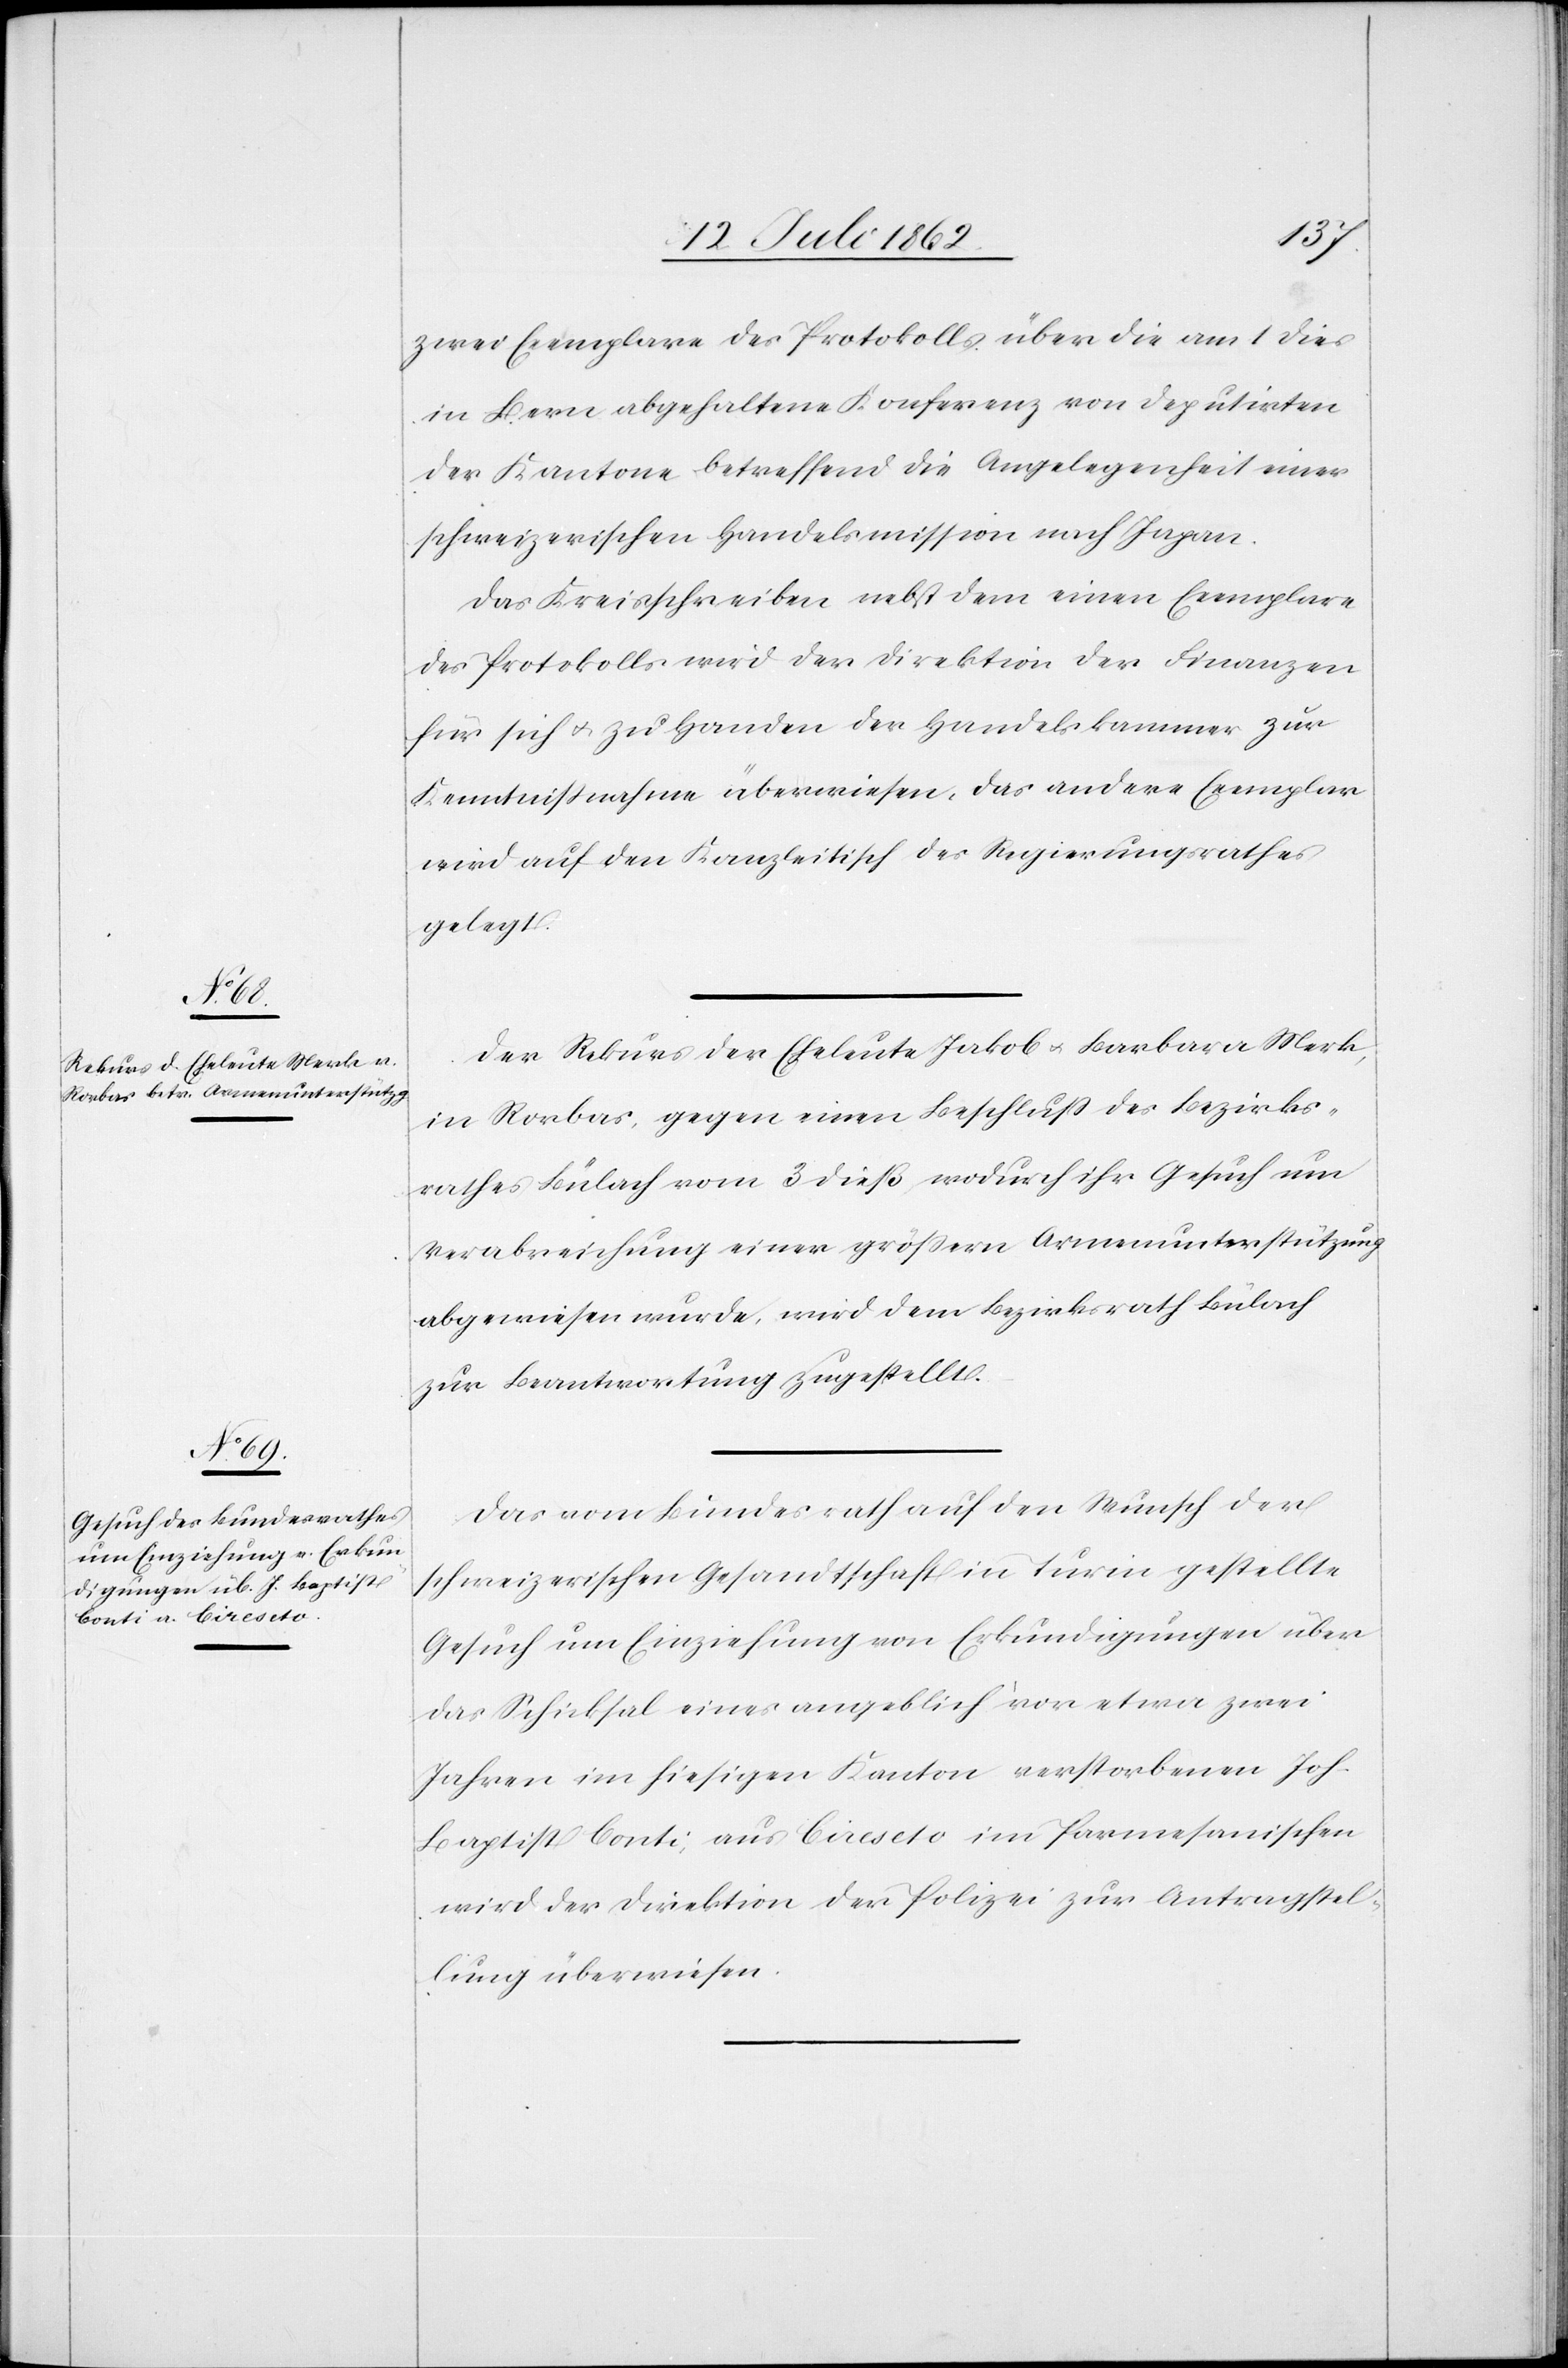
den

17. Juli 1862.]
zwei Exemplare des Protokolls über die am 1. dies
in Bern abgehaltene Konferenz von Deputirten
der Kantone betreffend die Angelegenheit einer
schweizerischen Handelsmission nach Japan.
Das Kreisschreiben nebst dem einen Exemplare
des Protokolls wird der Direktion der Finanzen
für sich u. zu Handen der Handelskammer zur
Kenntnißnahme überwiesen, das andere Exemplar
wird auf den Kanzleitisch des Regierungsrathes
gelegt.
Der Rekurs der Eheleute Jakob u. Barbara Merk,
in Rorbas, gegen einen Beschluß des Bezirks¬
rathes Bülach vom 3. dieß wodurch ihr Gesuch um
Verabreichung einer größern Armenunterstützung
abgewiesen wurde, wird dem Bezirksrath Bülach
zur Beantwortung zugestellt.
Das vom Bundesrath auf den Wunsch der
schweizerischen Gesandtschaft in Turin gestellte
Gesuch um Einziehung von Erkundigungen über
das Schicksal eines angeblich vor etwa zwei
Jahren im hiesigen Kanton verstorbenen Joh.
Baptist Conti, aus Cireseto im Parmesanischen
wird der Direktion der Polizei zur Antragstel¬
lung überwiesen.